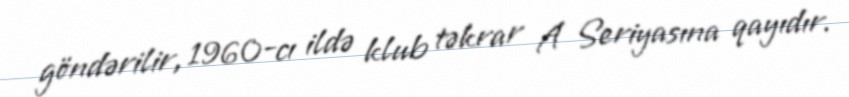
göndərilir, 1960-cı ildə klub təkrar A Seriyasına qayıdır.